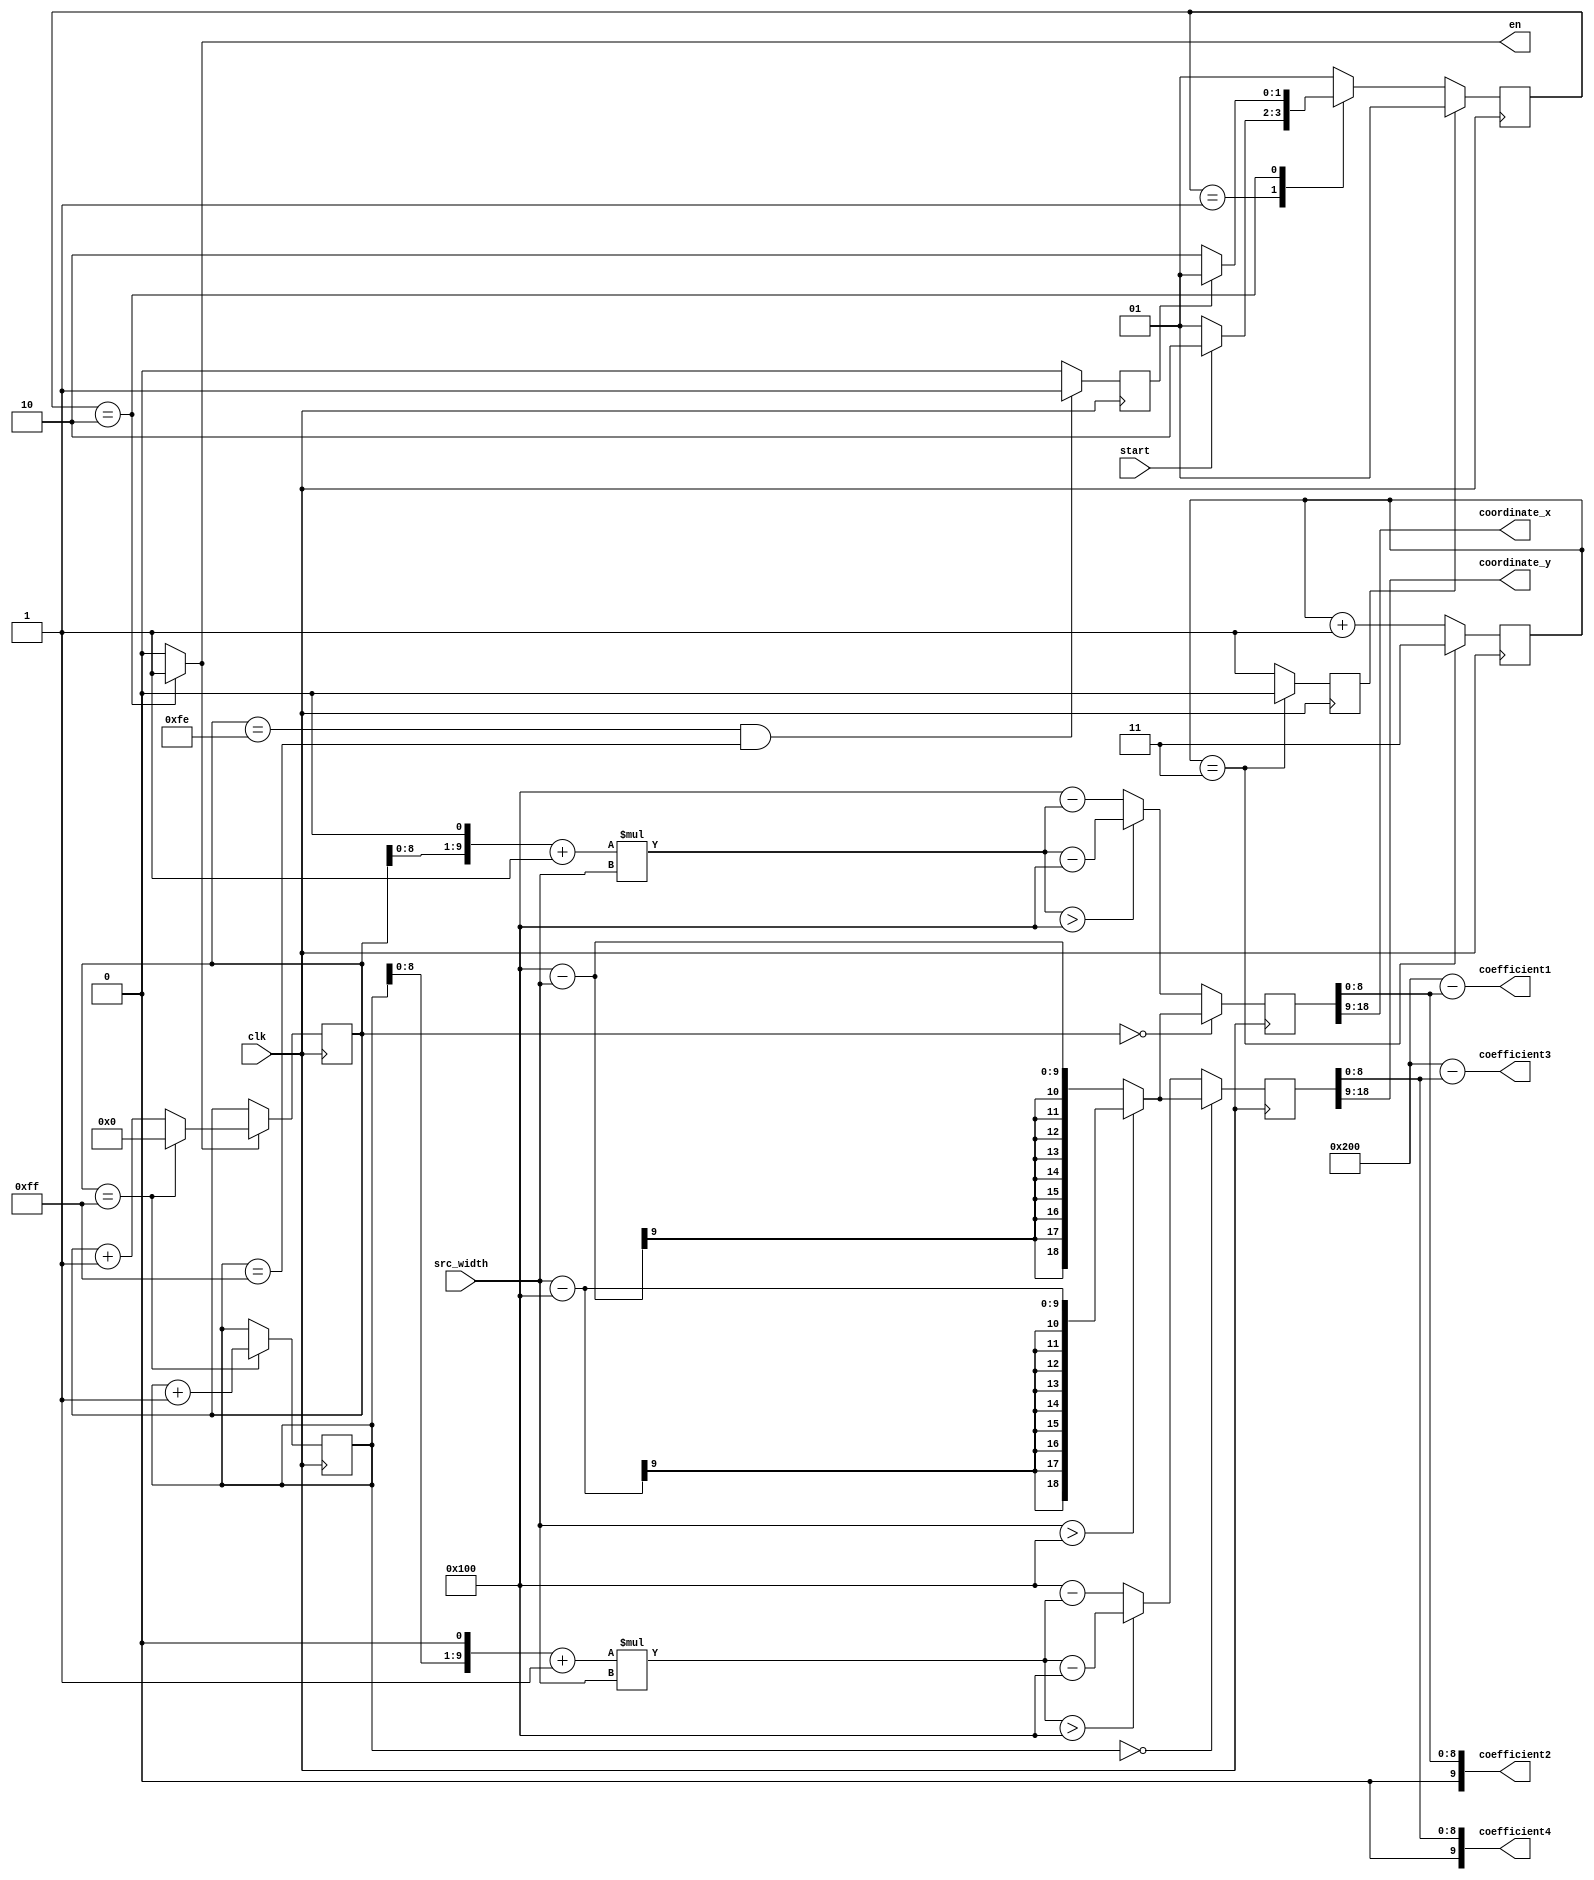
//
//100*100256*256
module coordinate_trans(input clk,
									 input [7:0]src_width,/////src_width = src_height
									 input start,
									 output [9:0]coordinate_x,
									 output [9:0]coordinate_y,
									 output [9:0]coefficient1,
									 output [9:0]coefficient2,
									 output [9:0]coefficient3,
									 output [9:0]coefficient4,
									 output reg en = 'd0
												 
    );
/////////////////rst
reg [1:0]cnt = 'd0;
always @(posedge clk)
	if(cnt == 'd3)
		cnt <= 'd3;
	else
		cnt <= cnt + 'd1;
reg rst = 'd1;
always @(posedge clk)
	if(cnt == 'd3)
		rst <= 'd0;
	else
		rst <= 'd1;
//
//////////////////////
localparam [1:0]IDLE = 2'b01;
localparam [1:0]START = 2'b10;
/////////////
reg[1:0]next_state = 'd0;
reg[1:0]current_state = 'd0;
always @(posedge clk)
	if(rst)////////////////////////
		current_state <= IDLE;
	else
		current_state <= next_state;
//////////////////
reg finish = 'd0;
always @(*)
	case(current_state)	
		IDLE:	begin
			if(start)
				next_state = START;
			else
				next_state = IDLE;
		end
		START:	begin
			if(finish)
				next_state = IDLE;
			else
				next_state = START;
		end
		default:	next_state = IDLE;
	endcase	
//////////////////////////
always @(*)
		case(current_state)
			IDLE:	begin
				en = 'd0;
			end
			START:	begin
				en = 'd1;
			end
			default:	en = 'd0;
		endcase
///////////////////////////
reg[9:0] pos_x = 'd0;/////
always@(posedge clk)
	if(en)	begin
		if(pos_x == 'd255)
			pos_x <= 'd0;
		else
			pos_x <= pos_x + 'd1;
	end
	else
		pos_x <= pos_x;
reg[9:0] pos_y = 'd0;////
always @(posedge clk)
	if(pos_x == 'd255)
		pos_y <= pos_y + 'd1; 
	else
		pos_y <= pos_y;
//////////////////////
always@(posedge clk)
	if((pos_x == 'd254)&&(pos_y == 'd255))
		finish <= 'd1;
	else
		finish <= 'd0;
//////////////////////pos_xpos_y
reg [19:0]src_x = 'd0;///////119
reg [19:0]src_y = 'd0;
wire [9:0]pos_xq;
wire [9:0]pos_yq;
assign pos_xq = pos_x<<1;//2
assign pos_yq = pos_y<<1;
///////////
//
always @(posedge clk)
	if(pos_x == 'd0)	begin
		if(src_width > 'd256)
			src_x <= src_width - 'd256;
		else
			src_x <= 'd256 - src_width;
	end
	else 	begin
		if((pos_xq + 'd1)*src_width > 'd256)
			src_x <= (pos_xq + 'd1)*src_width - 'd256;
		else
			src_x <= 'd256 - (pos_xq + 'd1)*src_width;
	end
 
always @(posedge clk)
	if(pos_y == 'd0)	begin
		if(src_width > 'd256)
			src_y <= src_width - 'd256;
		else
			src_y <= 'd256 - src_width;
	end
	else 	begin
		if((pos_yq + 'd1)*src_width > 'd256)
			src_y <= (pos_yq + 'd1)*src_width - 'd256;
		else 
			src_y <= 'd256 - (pos_yq + 'd1)*src_width;
	end
//11
assign coordinate_x = src_x[18:9];
assign coordinate_y = src_y[18:9];
////////////////// 
//9
assign coefficient2 = {1'b0,src_x[8:0]};
assign coefficient1 = 'd512 - coefficient2;
assign coefficient4 = {1'b0,src_y[8:0]};
assign coefficient3 = 'd512 - coefficient4;
endmodule